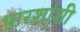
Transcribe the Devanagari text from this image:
पारशांशी